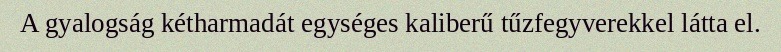
A gyalogság kétharmadát egységes kaliberű tűzfegyverekkel látta el.